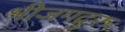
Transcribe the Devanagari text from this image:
श्रीजगद्गुरुः